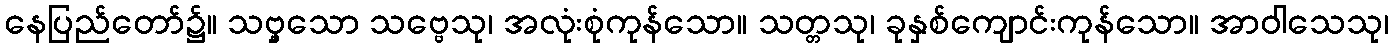
နေပြည်တော်၌။ သဗ္ဗှသော သဗ္ဗေသု၊ အလုံးစုံကုန်သော။ သတ္တသု၊ ခုနှစ်ကျောင်းကုန်သော။ အာဝါသေသု၊